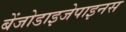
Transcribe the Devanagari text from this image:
बेंजोडाइजेपाइनस